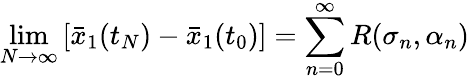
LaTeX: \operatorname*{lim}_{N\to\infty}\left[\bar{x}_{1}(t_{N})-\bar{x}_{1}(t_{0})\right]=\sum_{n=0}^{\infty}R(\sigma_{n},\alpha_{n})